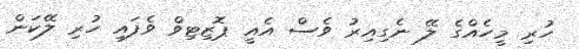
ހުރި މީހެއްގެ ލޭ ނެގިއިރު ވެސް އެއީ ޕޮޒިޓިވް ވެފައި ހުރި ލޭކަން